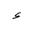
Letter: _hamza